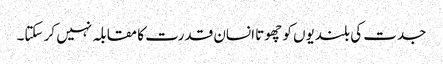
جدت کی بلندیوں کو چھوتا انسان قدرت کا مقابلہ نہیں کر سکتا۔